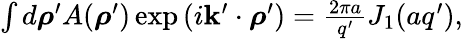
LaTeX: \begin{array}{r}{\int d\boldsymbol{\rho}^{\prime}A(\boldsymbol{\rho}^{\prime})\exp\left(i\mathbf{k}^{\prime}\cdot\boldsymbol{\rho}^{\prime}\right)=\frac{2\pi a}{q^{\prime}}J_{1}(aq^{\prime}),}\end{array}